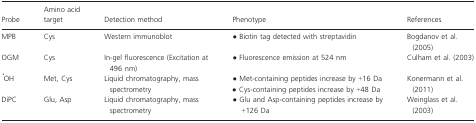
| Probe | Amino acid target | Detection method | Phenotype | References |
 | --- | --- | --- | --- | --- |
 | MPB | Cys | Western immunoblot | • Biotin tag detected with streptavidin | Bogdanov et al. (2005) |
 | OGM | Cys | In-gel fluorescence (Excitation at 496 nm) | • Fluorescence emission at 524 nm | Culham et al. (2003) |
 | <ROWSPAN=2> •OH | <ROWSPAN=2> Met, Cys | <ROWSPAN=2> Liquid chromatography, mass spectrometry | • Met-containing peptides increase by +16 Da | <ROWSPAN=2> Konermann et al. (2011) |
 | • Cys-containing peptides increase by +48 Da |
 | DiPC | Glu, Asp | Liquid chromatography, mass spectrometry | • Glu and Asp-containing peptides increase by +126 Da | Weinglass et al. (2003) |